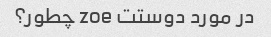
در مورد دوستت zoe چطور؟